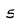
Character: 5